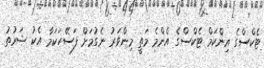
ޓެކްސްގެ އިންކަމް ޓެކްސްގެ އެންމެ މަތީ މިންވަރު ނެގުމަށް ފަސޭހަކަމާ އެކު ޝަރުތު